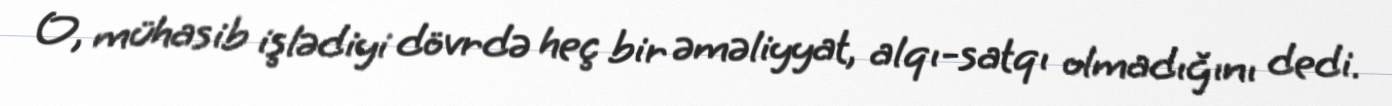
O, mühasib işlədiyi dövrdə heç bir əməliyyat, alqı-satqı olmadığını dedi.